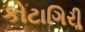
કોટાગિરીૢ